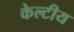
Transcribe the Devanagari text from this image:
केल्टीय